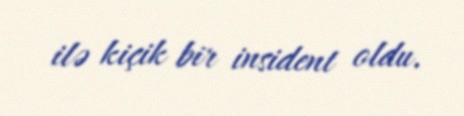
ilə kiçik bir insident oldu.